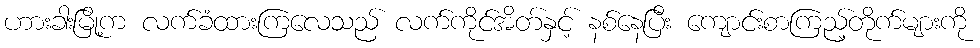
ဟားခါးမြို့က လက်ခံထားကြလေသည် လက်ကိုင်အိတ်နှင့် နစ်နေပြီး ကျောင်းစာကြည့်တိုက်များကို